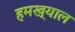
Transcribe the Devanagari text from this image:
हमख्याल